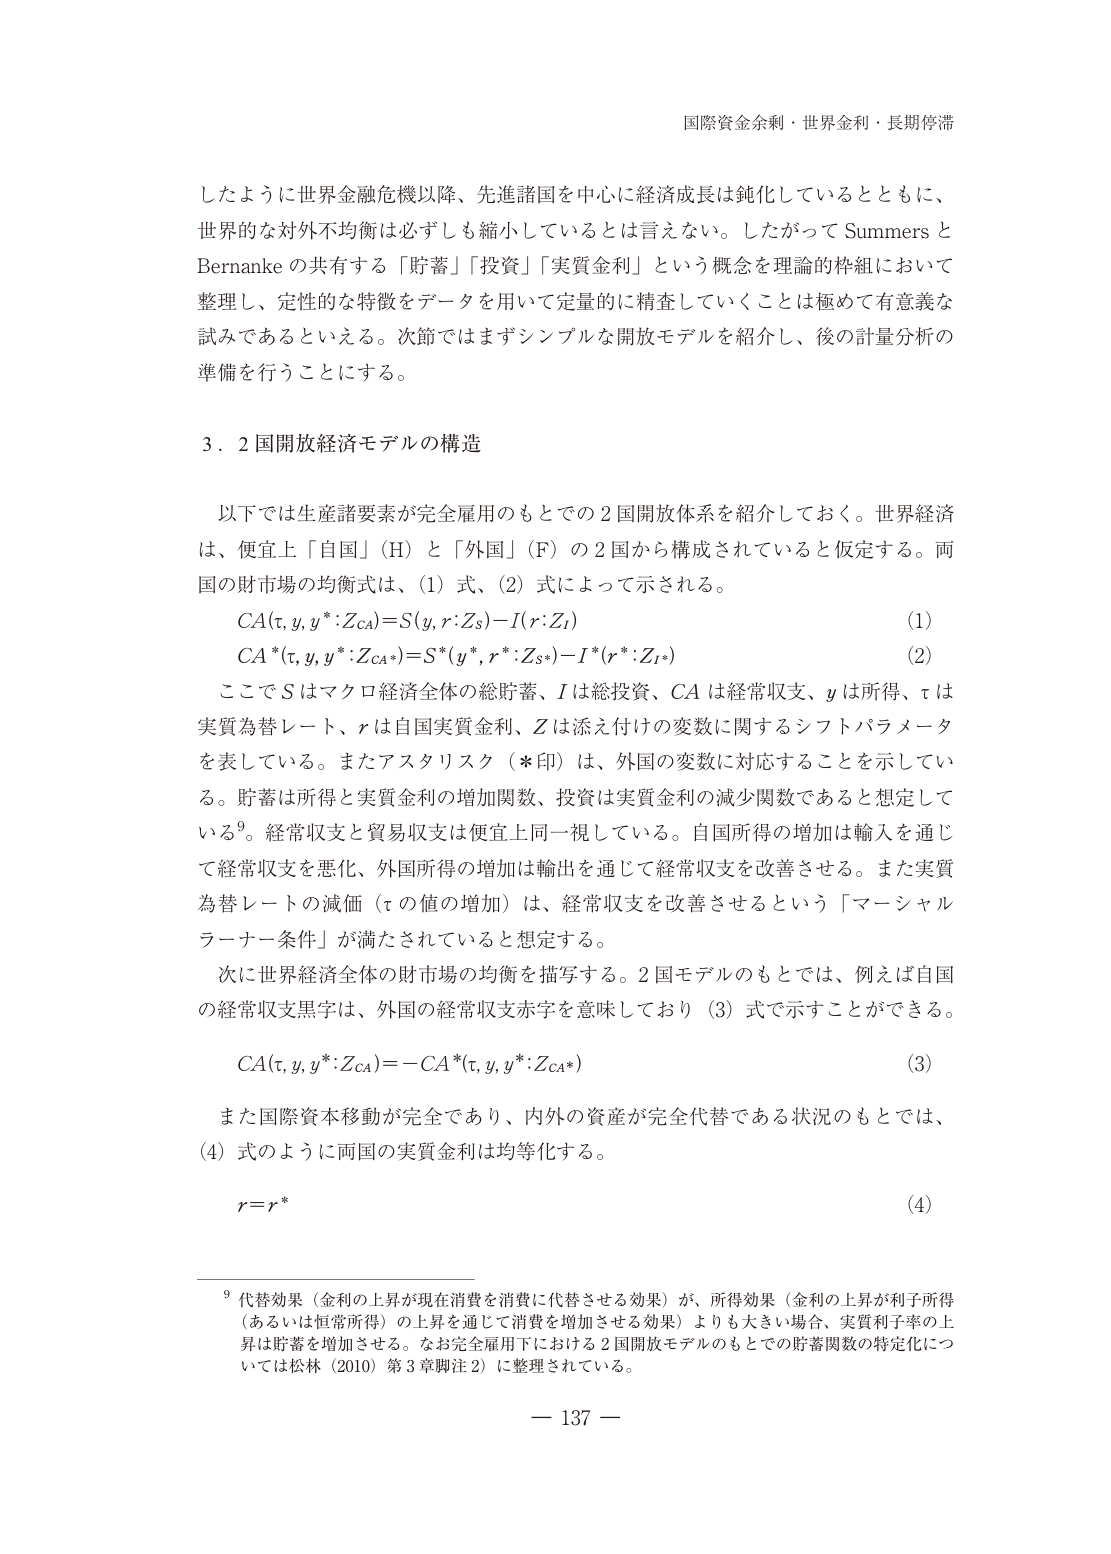
国際資金余剰・世界金利・長期停滞

したように世界金融危機以降、先進諸国を中心に経済成長は鈍化しているとともに、
世界的な対外不均衡は必ずしも縮小しているとは言えない。したがって Summers と
Bernanke の共有する「貯蓄」「投資」「実質金利」という概念を理論的枠組において
整理し、定性的な特徴をデータを用いて定量的に精査していくことは極めて有意義な
試みであるといえる。次節ではまずシンプルな開放モデルを紹介し、後の計量分析の
準備を行うことにする。

3．2 国開放経済モデルの構造

以下では生産諸要素が完全雇用のもとでの 2 国開放体系を紹介しておく。世界経済
は、便宜上「自国」（H）と「外国」（F）の 2 国から構成されていると仮定する。両
国の財市場の均衡式は、（1）式、（2）式によって示される。

CA(τ, y, y*: ZCA) = S(y, r: ZS) - I(r: ZI)　　　　　　　　　　　　　　　　　　　　(1)
CA*(τ, y, y*: ZCA*) = S*(y*, r*: ZS*) - I*(r*: ZI*)　　　　　　　　　　　　　　　(2)

ここで S はマクロ経済全体の総貯蓄、I は総投資、CA は経常収支、y は所得、τ は
実質為替レート、r は自国実質金利、Z は添え付けの変数に関するシフトパラメータ
を表している。またアスタリスク（*印）は、外国の変数に対応することを示してい
る。貯蓄は所得と実質金利の増加関数、投資は実質金利の減少関数であると想定して
いる⁹。経常収支と貿易収支は便宜上同一視している。自国所得の増加は輸入を通じ
て経常収支を悪化、外国所得の増加は輸出を通じて経常収支を改善させる。また実質
為替レートの減価（τ の値の増加）は、経常収支を改善させるという「マーシャル
ラーナー条件」が満たされていると想定する。

次に世界経済全体の財市場の均衡を描写する。2 国モデルのもとでは、例えば自国
の経常収支黒字は、外国の経常収支赤字を意味しており（3）式で示すことができる。

CA(τ, y, y*: ZCA) = -CA*(τ, y, y*: ZCA*)　　　　　　　　　　　　　　　　　　　　(3)

また国際資本移動が完全であり、内外の資産が完全代替である状況のもとでは、
（4）式のように両国の実質金利は均等化する。

r = r*　　　　　　　　　　　　　　　　　　　　　　　　　　　　　　　　　　　　　　(4)

⁹ 代替効果（金利の上昇が現在消費を消費に代替させる効果）が、所得効果（金利の上昇が利子所得
（あるいは恒常所得）の上昇を通じて消費を増加させる効果）よりも大きい場合、実質利子率の上
昇は貯蓄を増加させる。なお完全雇用下における 2 国開放モデルのもとでの貯蓄関数の特定化につ
いては松林（2010）第 3 章脚注 2）に整理されている。

— 137 —